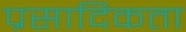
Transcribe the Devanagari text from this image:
प्रसादिकता